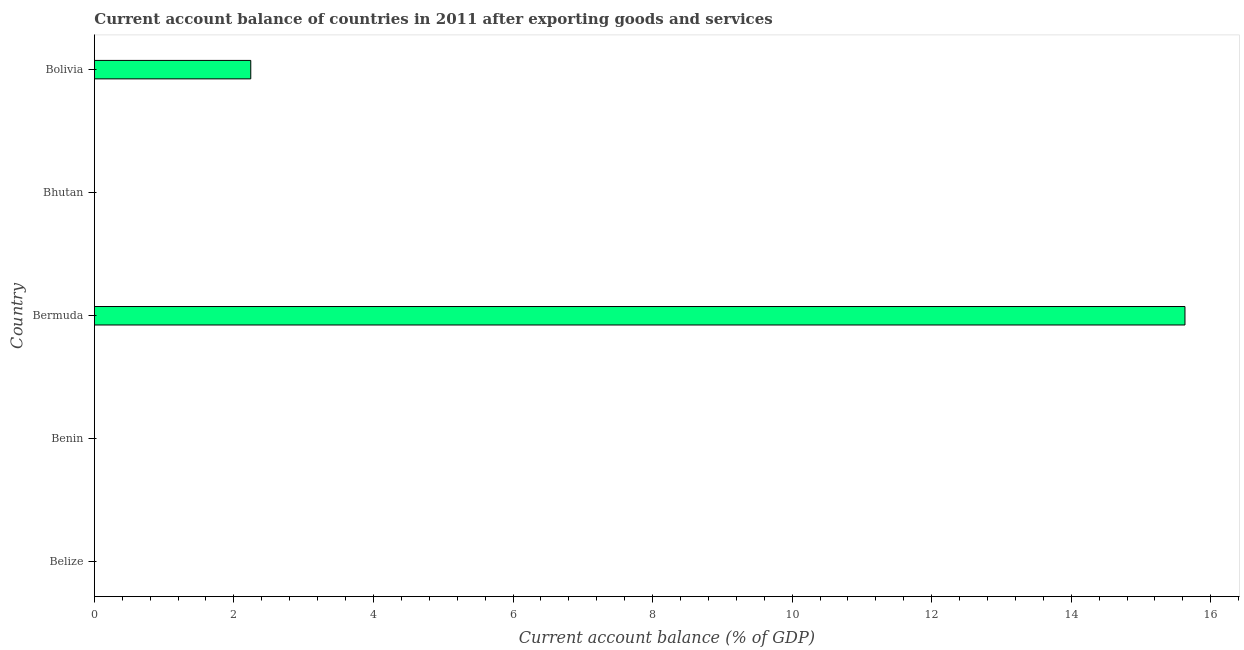
| Country | Current account balance |
 | --- | --- |
 | Belize | -1.34 |
 | Benin | -6.61 |
 | Bermuda | 15.6 |
 | Bhutan | -28.9 |
 | Bolivia | 2.24 |